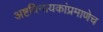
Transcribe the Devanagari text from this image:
अष्टविनायकांप्रमाणेच